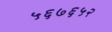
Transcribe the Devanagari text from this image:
५६७६५२